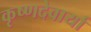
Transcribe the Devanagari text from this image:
कृष्णदेवार्या